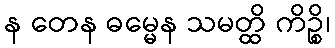
န တေန ဓမ္မေန သမတ္ထိ ကိဉ္စိ၊